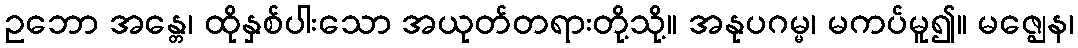
ဥဘော အန္တေ၊ ထိုနှစ်ပါးသော အယုတ်တရားတို့သို့။ အနုပဂမ္မ၊ မကပ်မူ၍။ မဇ္ဈေန၊